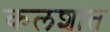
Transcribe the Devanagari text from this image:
कलशांत